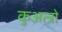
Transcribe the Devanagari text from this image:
कुअत्त्रो